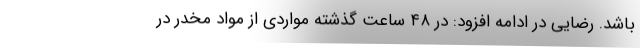
باشد. رضایی در ادامه افزود: در ۴۸ ساعت گذشته مواردی از مواد مخدر در